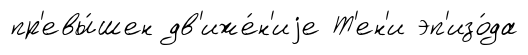
пр'евы́шен дв'иже́н'иjе Т'ен'и эп'изо́да